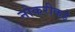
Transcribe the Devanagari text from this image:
नोकरीकडे